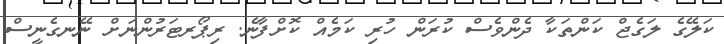
ކަލޭގެ ލަގެޖް ކަންތަކާ ދެންވެސް ކުރަން ހުރި ކަމެއް ކޮށްފާނެ. ރިޕޯރޓަރުންނަށް ނޭނގެނީސް